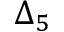
\Delta _ { 5 }